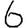
Digit: 6